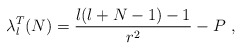
\begin{align*}\lambda^{T}_{l}(N)=\frac{l(l+N-1)-1}{r^{2}}-P\ ,\end{align*}